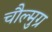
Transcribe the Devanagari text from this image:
चौल्मुग्र